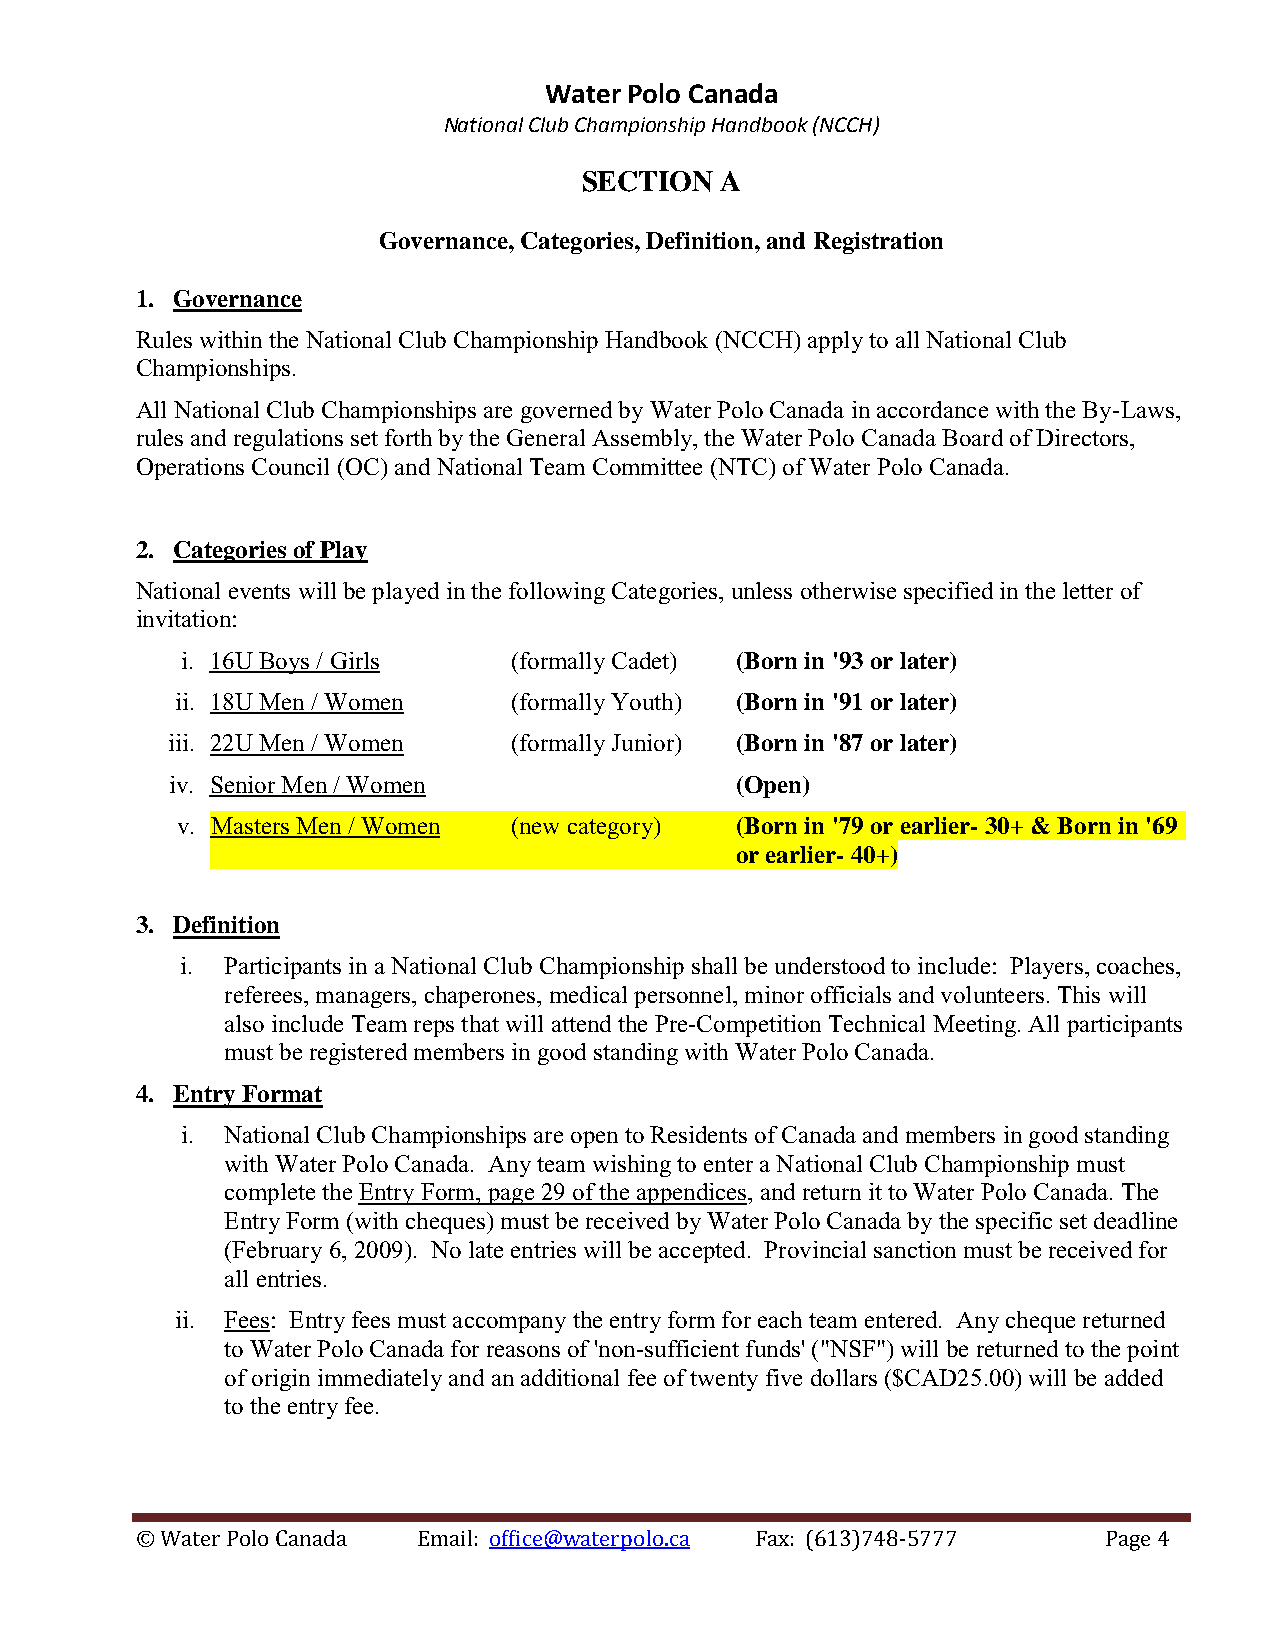
Water Polo Canada
 National Club Championship Handbook (NCCH)
 SECTION  A
 Governance, Categories, Definition, and Registration
 1. Governance
 Rules within the National Club Championship Handbook (NCCH) apply to all National Club
 Championships.
 All National Club Championships are governed by Water Polo Canada in accordance with the By-Laws,
 rules and regulations set forth by the General Assembly, the Water Polo Canada Board of Directors,
 Operations Council (OC) and National Team Committee (NTC) of Water Polo Canada.
 2. Categories of Play
 National events will be played in the following Categories, unless otherwise specified in the letter of
 invitation:
 i. 16U Boys / Girls   (formally Cadet) (Born in '93 or later)
 ii. 18U Men / Women   (formally Youth) (Born in '91 or later)
 iii. 22U Men / Women   (formally Junior) (Born in '87 or later)
 iv. Senior Men / Women                (Open)
 v. Masters Men / Women (new category) (Born in '79 or earlier- 30+ & Born in '69
 or earlier- 40+)
 3. Definition
 i. Participants in a National Club Championship shall be understood to include: Players, coaches,
 referees, managers, chaperones, medical personnel, minor officials and volunteers. This will
 also include Team reps that will attend the Pre-Competition Technical Meeting. All participants
 must be registered members in good standing with Water Polo Canada.
 4. Entry Format
 i. National Club Championships are open to Residents of Canada and members in good standing
 with Water Polo Canada. Any team wishing to enter a National Club Championship must
 complete the Entry Form, page 29 of the appendices, and return it to Water Polo Canada. The
 Entry Form (with cheques) must be received by Water Polo Canada by the specific set deadline
 (February 6, 2009). No late entries will be accepted. Provincial sanction must be received for
 all entries.
 ii. Fees: Entry fees must accompany the entry form for each team entered. Any cheque returned
 to Water Polo Canada for reasons of 'non-sufficient funds' ("NSF") will be returned to the point
 of origin immediately and an additional fee of twenty five dollars ($CAD25.00) will be added
 to the entry fee.
 © Water Polo Canada Email: office@waterpolo.ca Fax: (613)748-5777 Page 4